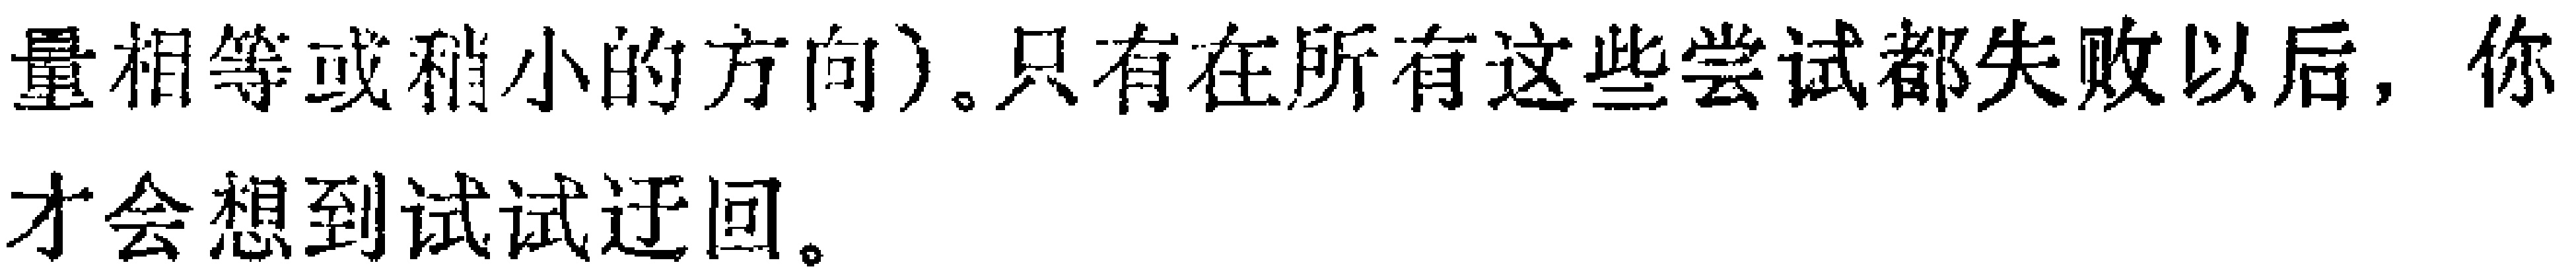
量相等或稍小的方向）。只有在所有这些尝试都失败以后，你才会想到试试迂回。